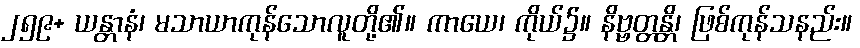
၂၅၉+ ယန္တာနံ၊ မသာယာကုန်သောလူတို့၏။ ကာယေ၊ ကိုယ်၌။ နိဗ္ဗတ္တန္တိ၊ ဖြစ်ကုန်သနည်း။